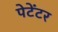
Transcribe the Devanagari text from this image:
पेटेंटर